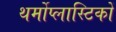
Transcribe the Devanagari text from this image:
थर्मोप्लास्टिकों